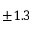
\pm 1 . 3